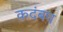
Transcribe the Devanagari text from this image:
कदंबच